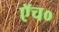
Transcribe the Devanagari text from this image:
एॅच०